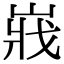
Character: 𡸤